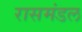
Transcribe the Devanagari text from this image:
रासमंडल